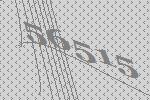
56515